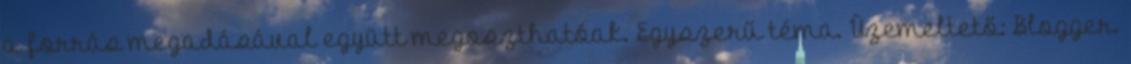
a forrás megadásával együtt megoszthatóak. Egyszerű téma. Üzemeltető: Blogger.